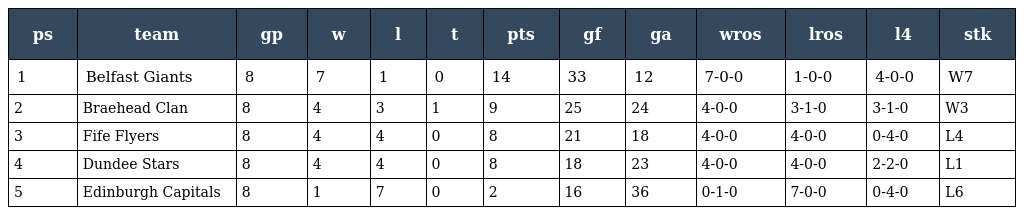
| ps | team | gp | w | l | t | pts | gf | ga | wros | lros | l4 | stk |
 | --- | --- | --- | --- | --- | --- | --- | --- | --- | --- | --- | --- | --- |
 | 1 | Belfast Giants | 8 | 7 | 1 | 0 | 14 | 33 | 12 | 7-0-0 | 1-0-0 | 4-0-0 | W7 |
 | 2 | Braehead Clan | 8 | 4 | 3 | 1 | 9 | 25 | 24 | 4-0-0 | 3-1-0 | 3-1-0 | W3 |
 | 3 | Fife Flyers | 8 | 4 | 4 | 0 | 8 | 21 | 18 | 4-0-0 | 4-0-0 | 0-4-0 | L4 |
 | 4 | Dundee Stars | 8 | 4 | 4 | 0 | 8 | 18 | 23 | 4-0-0 | 4-0-0 | 2-2-0 | L1 |
 | 5 | Edinburgh Capitals | 8 | 1 | 7 | 0 | 2 | 16 | 36 | 0-1-0 | 7-0-0 | 0-4-0 | L6 |